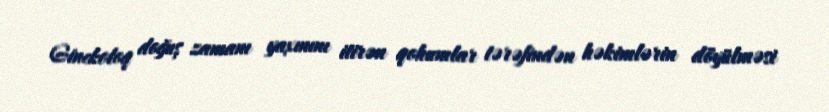
Ginekoloq doğuş zamanı yaxınını itirən qohumlar tərəfindən həkimlərin döyülməsi